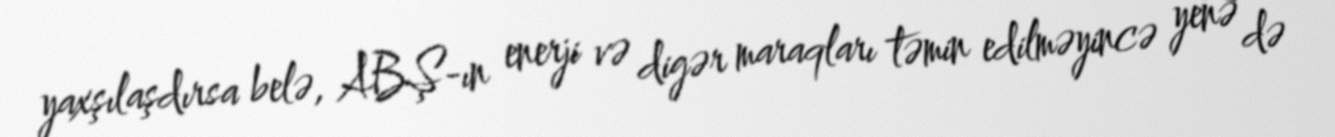
yaxşılaşdırsa belə, ABŞ-ın enerji və digər maraqları təmin edilməyincə yenə də